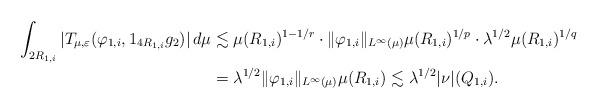
LaTeX: \begin{align*}\int_{ 2R_{1,i} } |T_{\mu, \varepsilon}(\varphi_{1,i}, 1_{4R_{1,i}}g_2)|\,d\mu &\lesssim \mu(R_{1,i})^{1-1/r} \cdot \|\varphi_{1,i}\|_{L^{\infty}(\mu)} \mu(R_{1,i})^{1/p} \cdot \lambda^{1/2} \mu(R_{1,i})^{1/q} \\&= \lambda^{1/2}\|\varphi_{1,i}\|_{L^{\infty}(\mu)} \mu(R_{1,i}) \lesssim \lambda^{1/2}|\nu|(Q_{1,i}).\end{align*}